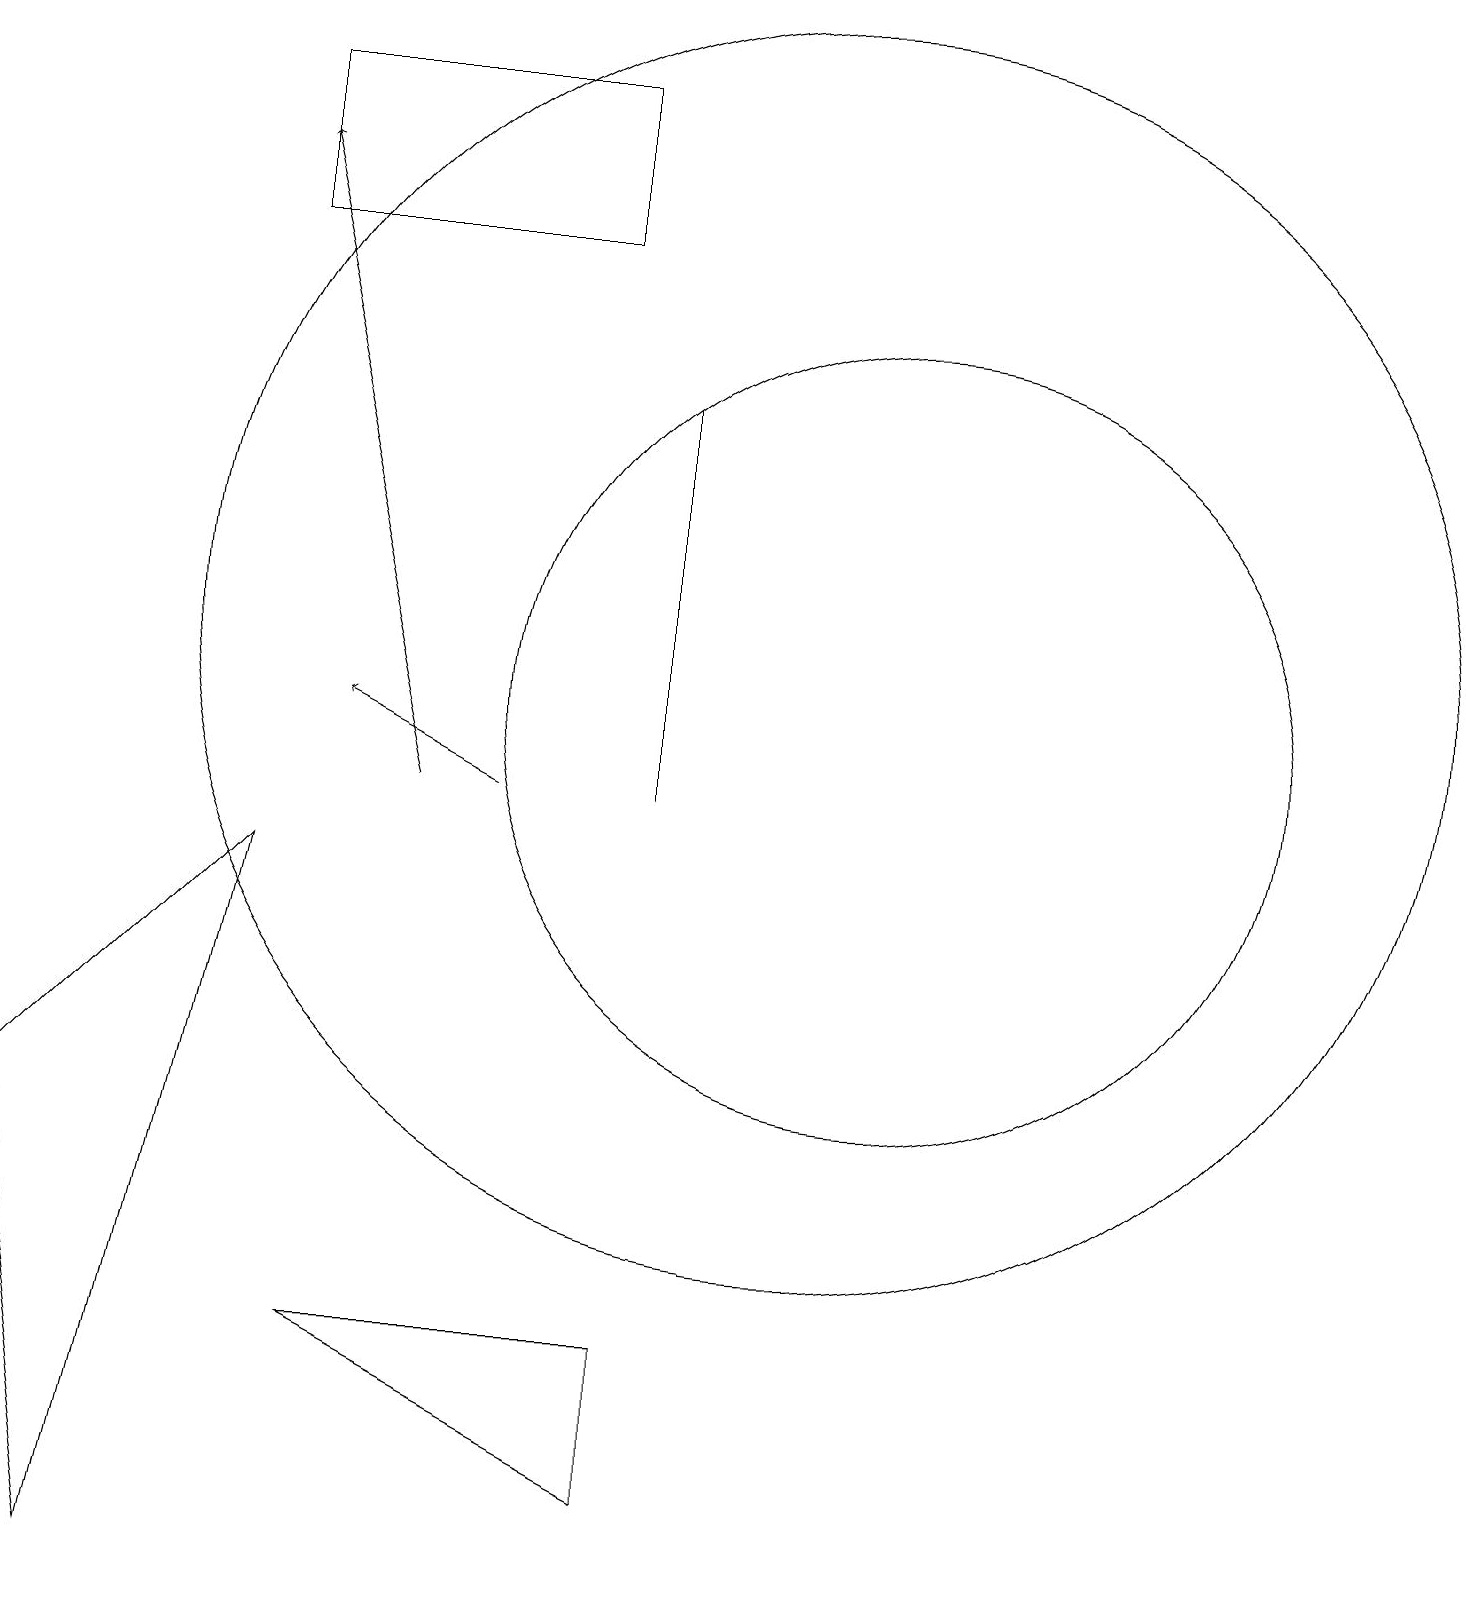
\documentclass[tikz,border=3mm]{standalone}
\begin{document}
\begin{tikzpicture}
\draw (10,12) circle (8);
\draw (7,19) rectangle (3,17);
\draw[->] (6,10) -- (4,11);
\draw (11,11) circle (5);
\draw[->] (5,10) -- (3,18);
\draw (8,1) -- (4,3) -- (8,3) -- cycle;
\draw (8,10) rectangle (8,15);
\draw (0,6) -- (1,0) -- (3,9) -- cycle;
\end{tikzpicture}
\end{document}